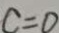
c = 0